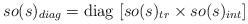
LaTeX: \begin{align*} so(s)_{diag}={\rm diag}~ [so(s)_{tr}\times so(s)_{int}]\end{align*}